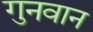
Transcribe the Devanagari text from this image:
गुनवान